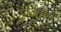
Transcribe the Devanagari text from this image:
मोआला